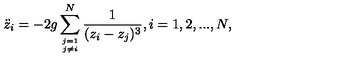
{ \ddot { z } _ { i } } = - 2 g \sum _ { j = 1 \atop j \ne i } ^ { N } \frac { 1 } { ( z _ { i } - z _ { j } ) ^ { 3 } } , i = 1 , 2 , . . . , N ,